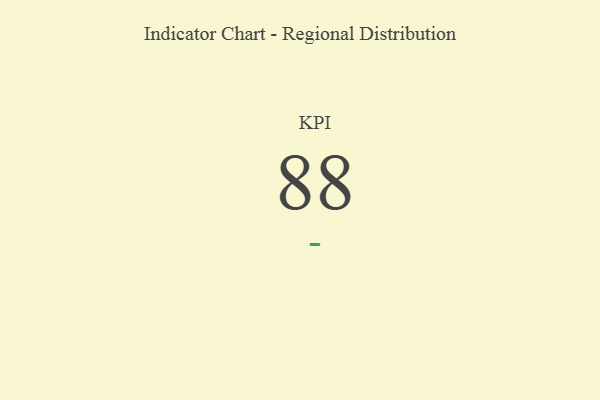
{"axis": {"x": "KPI", "y": "Value"}, "legend": [""], "data": [{"x": "KPI", "y": 88, "type": ""}]}